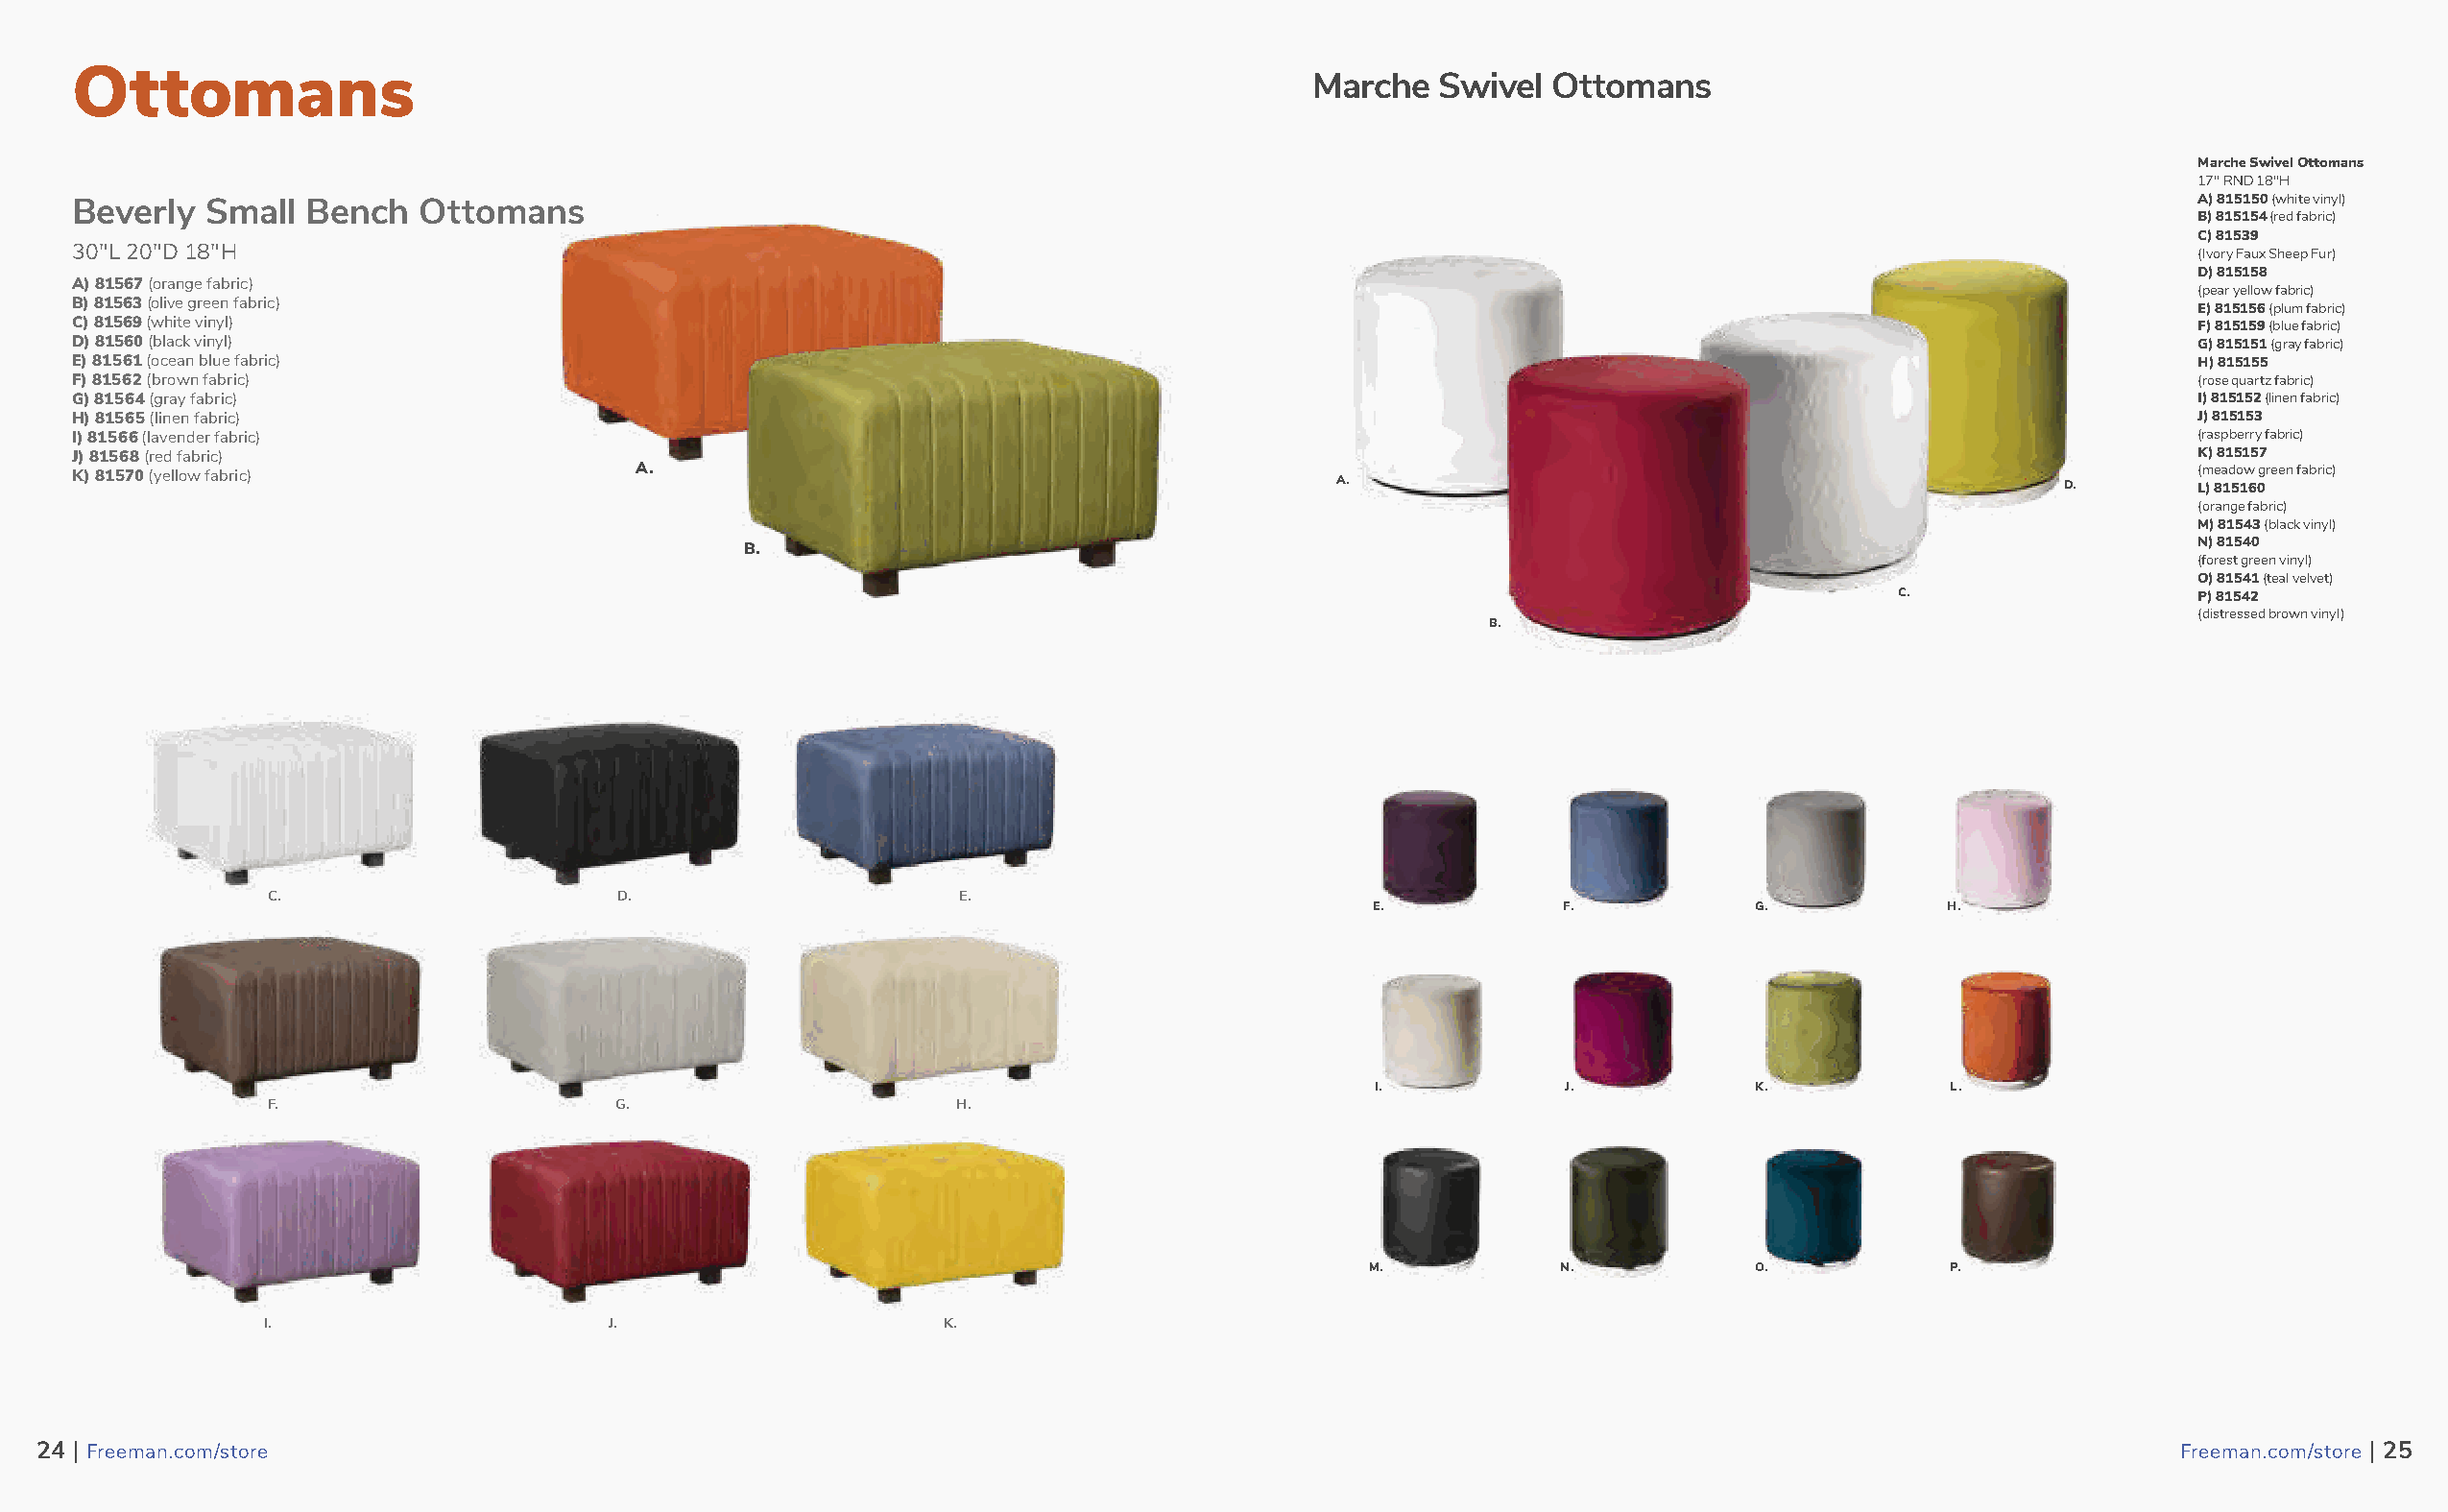
Ottomans                                                                              Marche  Swivel  Ottomans
 Marche Swivel Ottomans
 17" RND 18"H
 Beverly  Small  Bench   Ottomans                                                                                                                   A) 815150 (white vinyl)
 B) 815154 (red fabric)
 C) 81539
 30"L 20"D 18"H                                                                                                                                     (Ivory Faux Sheep Fur)
 D) 815158
 A) 81567 (orange fabric)
 (pear yellow fabric)
 B) 81563 (olive green fabric)                                                                                                                      E) 815156 (plum fabric)
 C) 81569 (white vinyl)                                                                                                                             F) 815159 (blue fabric)
 D) 81560 (black vinyl)                                                                                                                             G) 815151 (gray fabric)
 E) 81561 (ocean blue fabric)                                                                                                                       H) 815155
 F) 81562 (brown fabric)                                                                                                                            (rose quartz fabric)
 G) 81564 (gray fabric)                                                                                                                             I) 815152 (linen fabric)
 H) 81565 (linen fabric)                                                                                                                            J) 815153
 I) 81566 (lavender fabric)                                                                                                                         (raspberry fabric)
 J) 81568 (red fabric)                                                                                                                              K) 815157
 K) 81570 (yellow fabric)               A.                                              A.                                                D.        ( Lm ) e 8a 1d 5o 1w 6 0g reen fabric)
 (orange fabric)
 M) 81543 (black vinyl)
 B.                                                                                                   N) 81540
 (forest green vinyl)
 O) 81541 (teal velvet)
 C.                   P) 81542
 (distressed brown vinyl)
 B.
 C.                       D.                     E.
 E.           F.           G.           H.
 I.           J.           K.           L.
 F.                      G.                      H.
 M.            N.           O.           P.
 I.                      J.                     K.
 2244 || FFrreeeemmaann..ccoomm//ssttoorree                                                                                                          FFrreeeemmaann..ccoomm//ssttoorree || 2255
 25                                                                                                                                                                 26